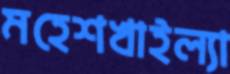
মহেশখাইল্যা